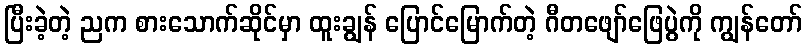
ပြီးခဲ့တဲ့ ညက စားသောက်ဆိုင်မှာ ထူးချွန် ပြောင်မြောက်တဲ့ ဂီတဖျော်ဖြေပွဲကို ကျွန်တော်